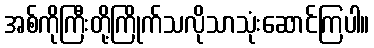
အစ်ကိုကြီးတို့ကြိုက်သလိုသာသုံးဆောင်ကြပါ။